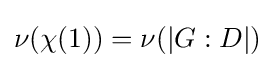
\nu (\chi (1))=\nu (|G:D|)